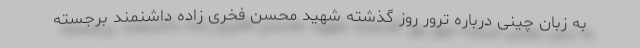
به زبان چینی درباره ترور روز گذشته شهید محسن فخری زاده داشنمند برجسته